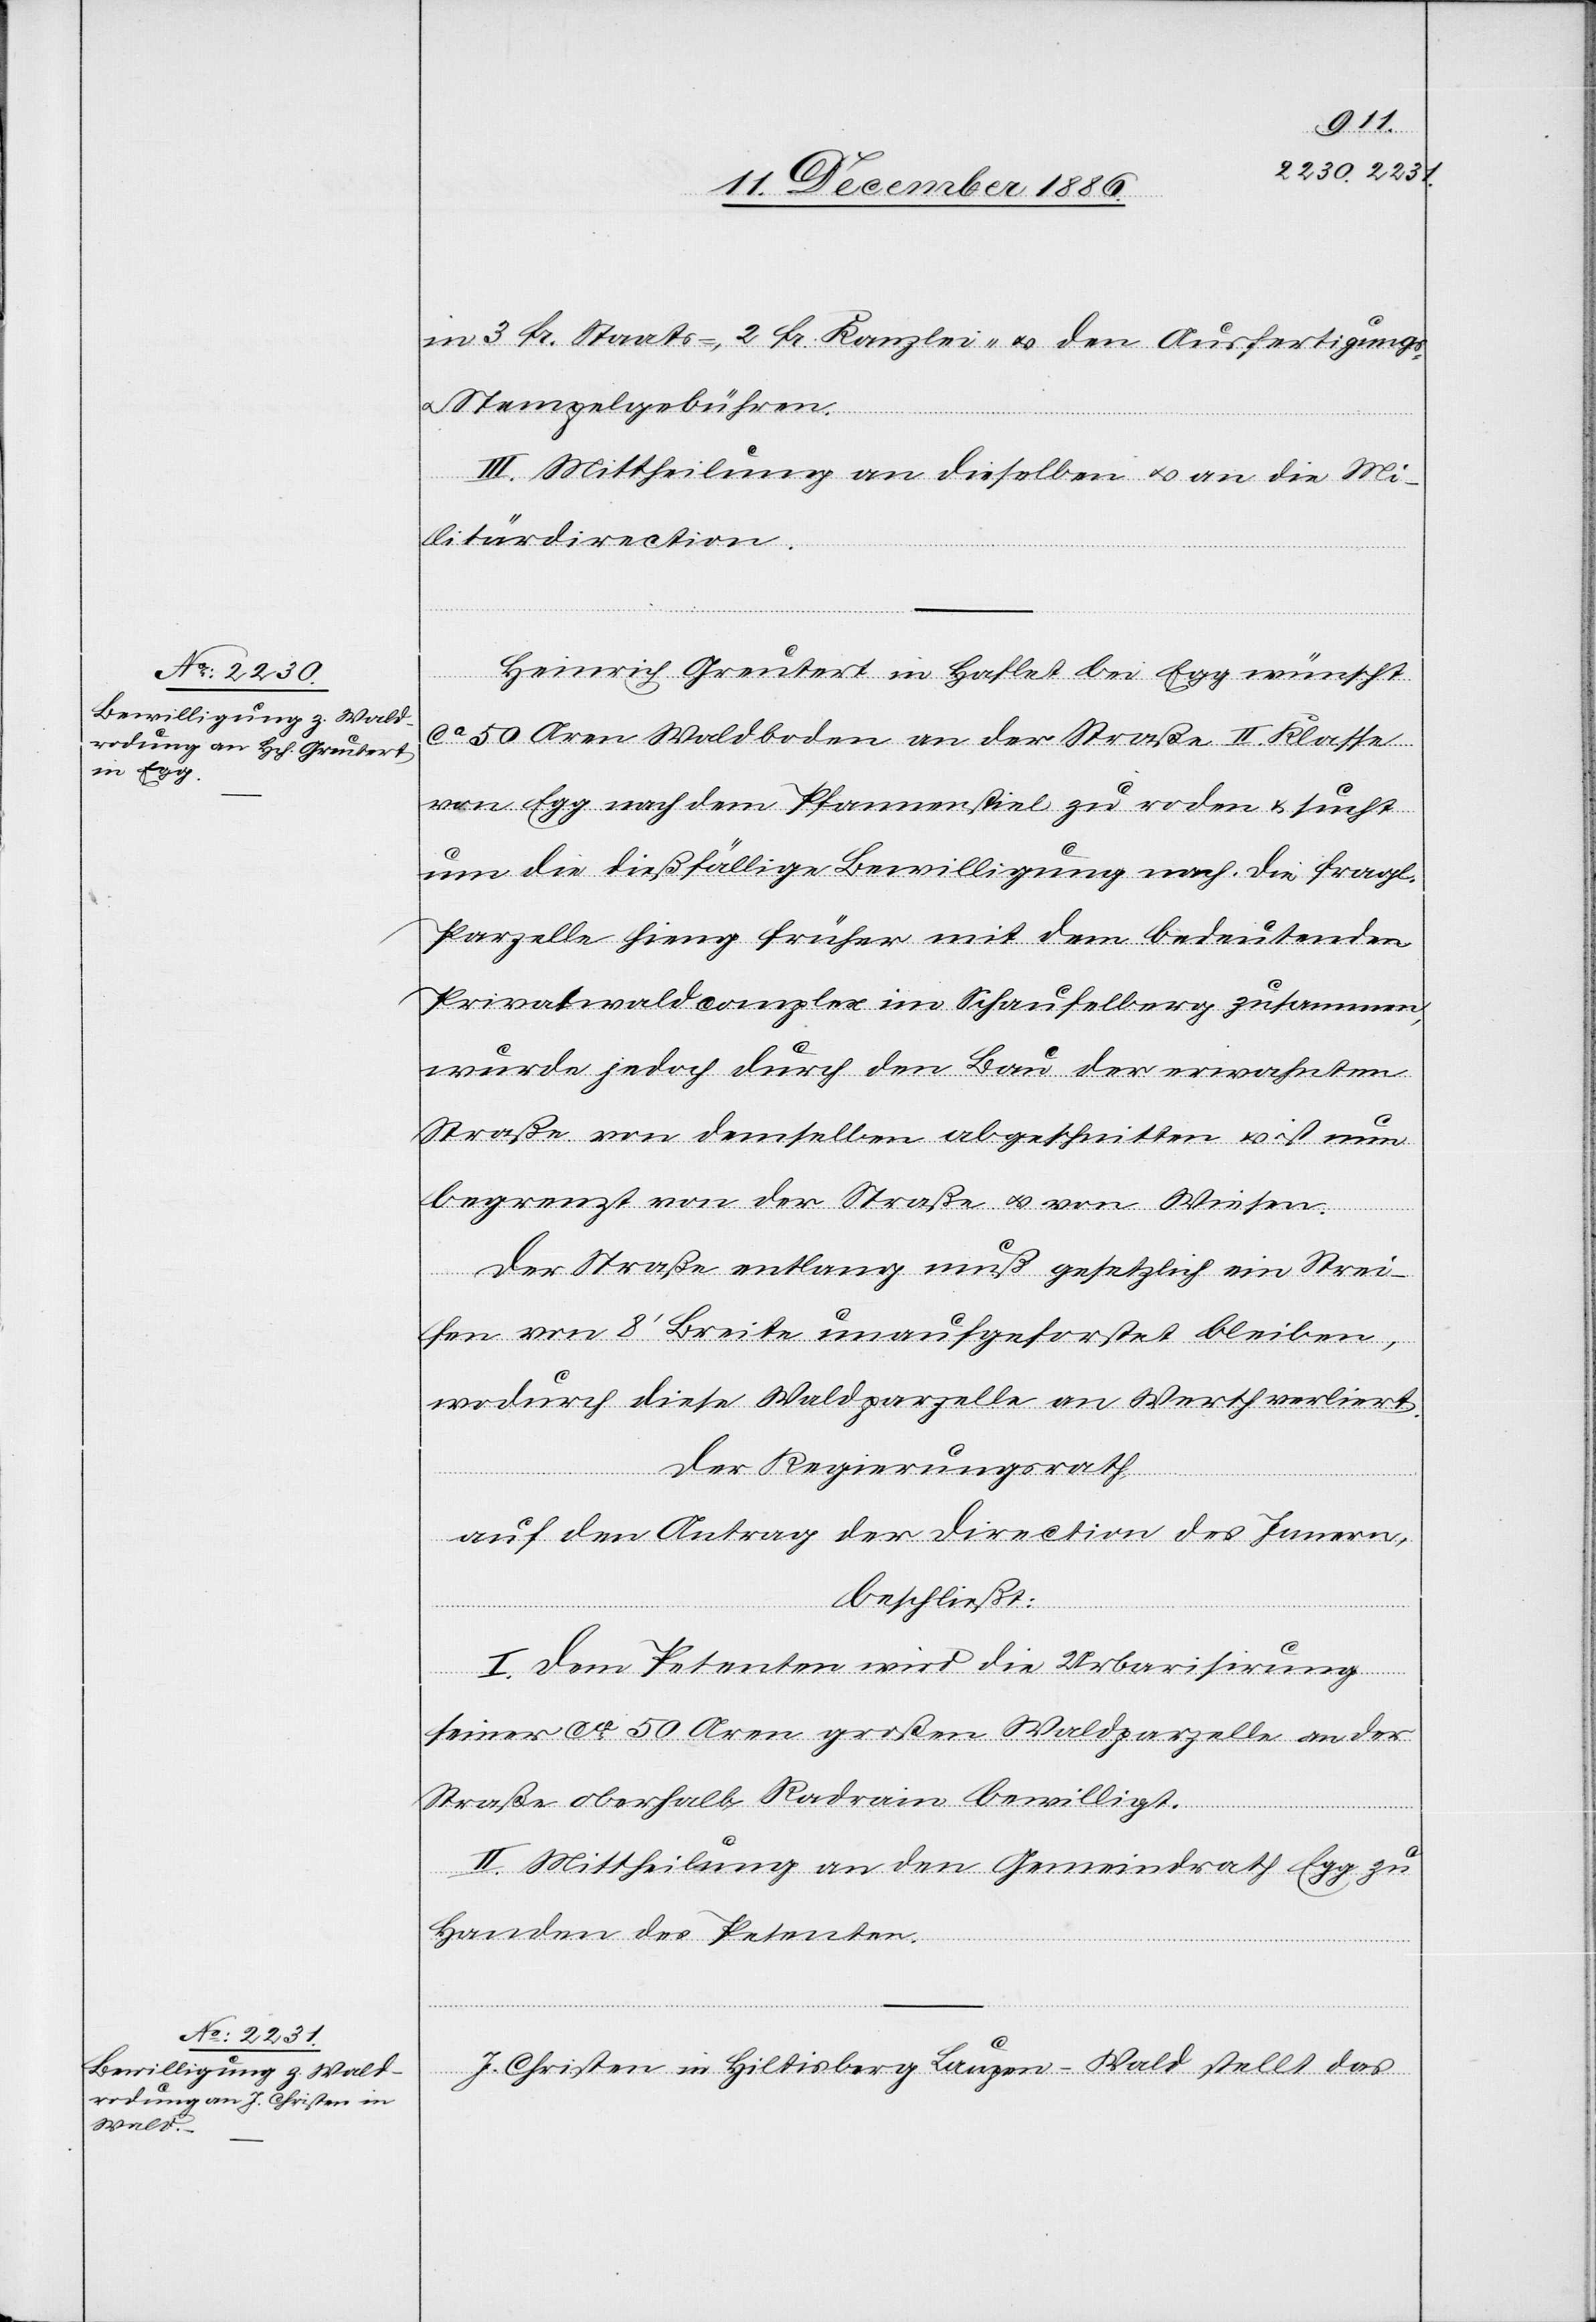
in 3 Fr. Staats-, 2 Fr. Kanzlei- & den Ausfertigungs-
& Stempelgebühren.
III. Mittheilung an dieselben & an die Mi¬
litärdirection.
Heinrich Greutert in Haflet bei Egg wünscht
ca 50 Aren Waldboden an der Straße II. Klasse
von Egg nach dem Pfannenstiel zu roden & sucht
um die dießfällige Bewilligung nach. Die fragl.
Parzelle hieng früher mit dem bedeutenden
Privatwaldcomplex im Schaufelberg zusammen,
wurde jedoch durch den Bau der erwahnten
Straße von demselben abgeschnitten & ist nun
begrenzt von der Straße & von Wiesen.
Der Straße entlang muß gesetzlich ein Strei¬
fen von 8‘ Breite unaufgeforstet bleiben,
wodurch diese Waldparzelle an Werth verliert.
Der Regierungsrath,
auf den Antrag der Direction des Innern,
beschließt:
I. Dem Petenten wird die Urbarisirung
seiner ca 50 Aren großen Waldparzelle an der
Straße oberhalb Radrain bewilligt.
II. Mittheilung an den Gemeindrath Egg zu
Handen des Petenten.
J. Christen in Hiltisberg Laupen - Wald stellt das